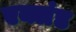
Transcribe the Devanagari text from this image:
एक्लंड